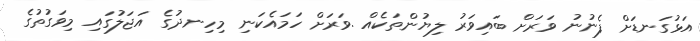
އަޅުގަނޑަށް ފެނުނު ވަރަށް ބައިވަރު ލިޔުންތަކެއް .ވަރަށް ހަމައެކަނި މިހިނދުގެ އަޖަލުގައި މިވަގުތުގެ